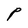
Character: P